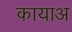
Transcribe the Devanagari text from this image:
कायाअ